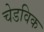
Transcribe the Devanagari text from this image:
चेडविक